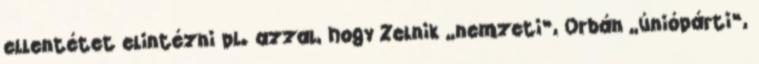
ellentétet elintézni pl. azzal, hogy Zelnik „nemzeti”, Orbán „úniópárti”,